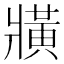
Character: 𤖖